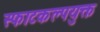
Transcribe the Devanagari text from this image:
स्फाटकल्पयुक्त